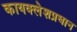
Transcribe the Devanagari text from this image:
कायक्लेशप्रधान